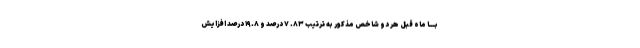
بـــا ماه قبل هر دو شاخص مذکور به ترتیب ۸۳. ۷ درصد و ۱۹.۸ درصد افزایش